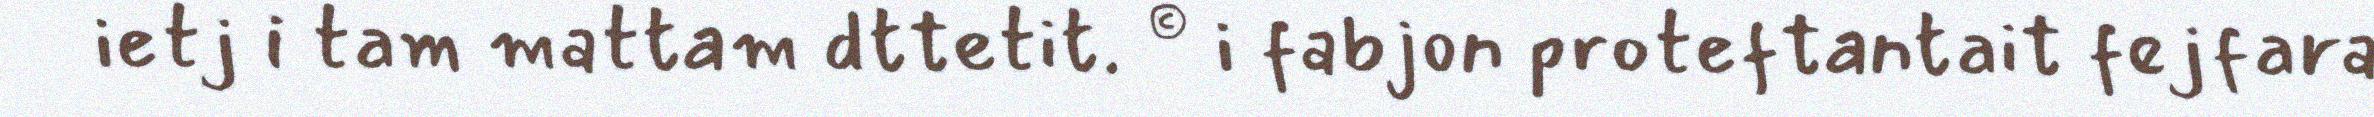
ietj i tam mattam dttetit. © i fabjon proteftantait fejfara